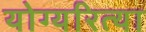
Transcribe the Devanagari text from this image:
योग्यरित्या